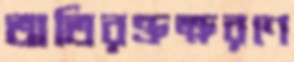
অতিরক্তক্ষরণে